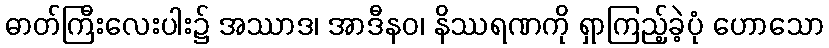
ဓာတ်ကြီးလေးပါး၌ အဿာဒ၊ အာဒီနဝ၊ နိဿရဏကို ရှာကြည့်ခဲ့ပုံ ဟောသော